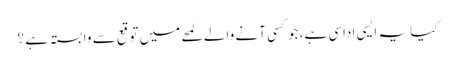
کیا یہ ایسی اداسی ہے، جو کسی آنے والے لمحے میں توقع سے وابستہ ہے ؟